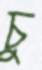
চু